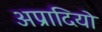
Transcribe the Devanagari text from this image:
अप्रादियो